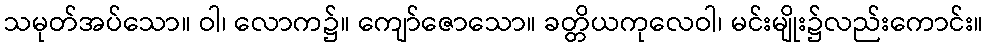
သမုတ်အပ်သော။ ဝါ၊ လောက၌။ ကျော်ဇောသော။ ခတ္တိယကုလေဝါ၊ မင်းမျိုး၌လည်းကောင်း။